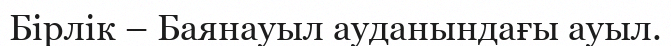
Бірлік – Баянауыл ауданындағы ауыл.